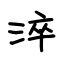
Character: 淬